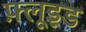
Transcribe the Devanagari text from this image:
फ़्लूइड